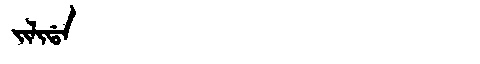
Manchu: ᠵᡳᠯᡳᡩᠠ
Romanization: JILIDA